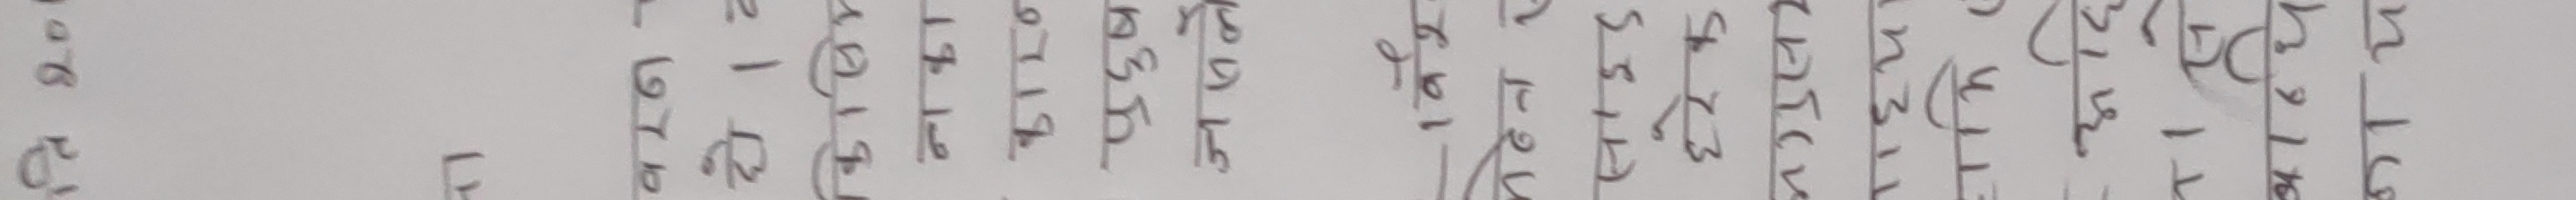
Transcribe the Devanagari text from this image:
क ख ग घ ङ च छ ज झ ञ ट ठ ड ढ ण त थ द ध न